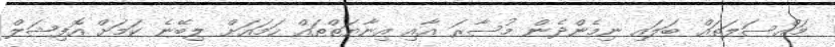
މައްސަލަތައް ބަލައި ނިމެންދެން މުސާރަ އާއި އިނާޔަތްތައް ހަމައަށް ލިބޭނެ ކަމަށް އޮފިޝަލް